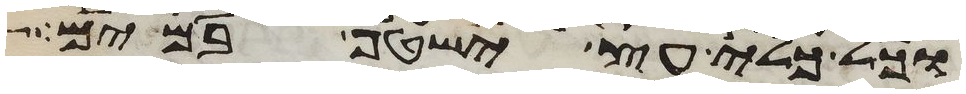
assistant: וכל כלי עץ ישטף במים